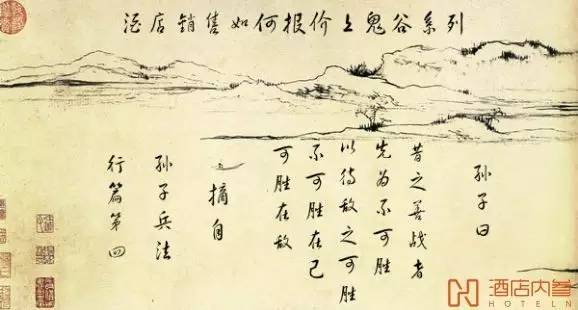
昔之善战者，先为不可胜，以待敌之可胜。不可胜在己，可胜在敌。